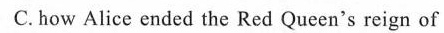
C.how Alice ended the Red Queen's reign of